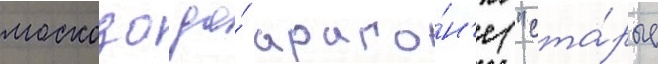
москозо до́ араго́н'е ("ста́рые